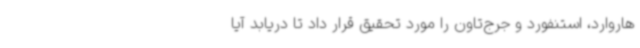
هاروارد، استنفورد و جرج‌تاون را مورد تحقیق قرار داد تا دریابد آیا